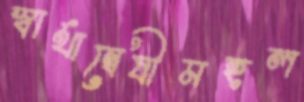
স্বার্থান্বেষীমহল